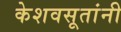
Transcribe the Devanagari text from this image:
केशवसूतांनी